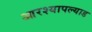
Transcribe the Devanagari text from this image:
आरश्यापल्याड